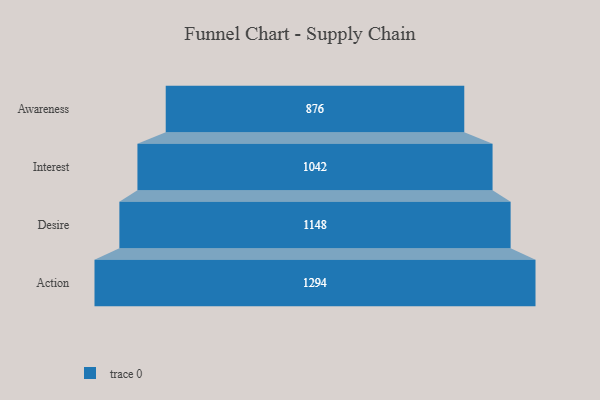
{"axis": {"x": "Stage", "y": "Value"}, "legend": [""], "data": [{"x": "Awareness", "y": 876.0, "type": ""}, {"x": "Interest", "y": 1042.0, "type": ""}, {"x": "Desire", "y": 1148.0, "type": ""}, {"x": "Action", "y": 1294.0, "type": ""}]}